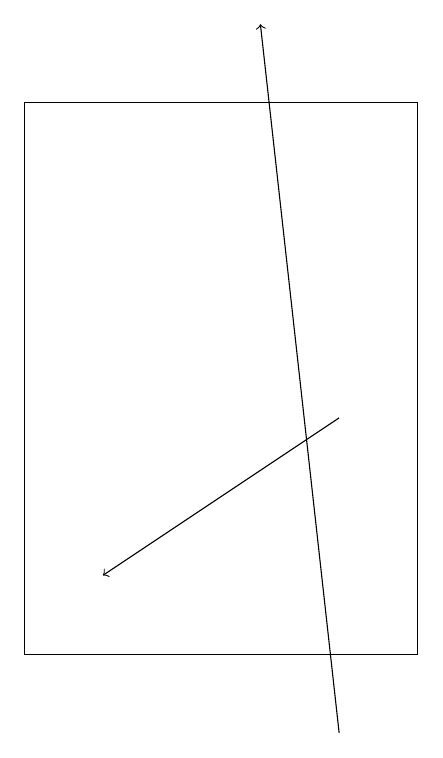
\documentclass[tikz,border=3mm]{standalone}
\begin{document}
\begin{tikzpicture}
\draw (7,11) rectangle (2,18);
\draw[->] (6,10) -- (5,19);
\draw[->] (6,14) -- (3,12);
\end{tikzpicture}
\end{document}